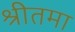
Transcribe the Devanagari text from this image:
श्रीतमा